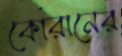
কোরানের